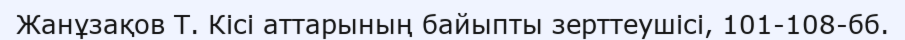
Жанұзақов Т. Кісі аттарының байыпты зерттеушісі, 101-108-бб.